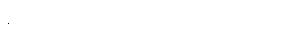
ငွေကြေးကို စနစ်တကျ သုံးတယ်။